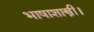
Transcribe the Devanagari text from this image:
भाषाशास्त्री।